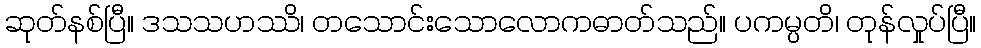
ဆုတ်နစ်ပြီ။ ဒသသဟဿိ၊ တသောင်းသောလောကဓာတ်သည်။ ပကမ္ပတိ၊ တုန်လှုပ်ပြီ။